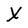
Character: X